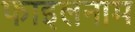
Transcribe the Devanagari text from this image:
फाइलनाम